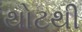
થોટથી